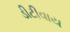
ડીટીવાય